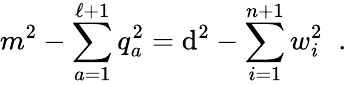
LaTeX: m^{2}-\sum_{a=1}^{\ell+1}q_{a}^{2}=\mathrm{d}^{2}-\sum_{i=1}^{n+1}w_{i}^{2}\; \; .